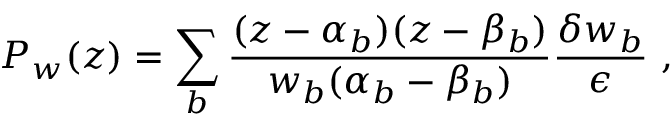
P _ { w } ( z ) = \sum _ { b } \frac { ( z - \alpha _ { b } ) ( z - \beta _ { b } ) } { w _ { b } ( \alpha _ { b } - \beta _ { b } ) } \frac { \delta w _ { b } } { \epsilon } \ ,